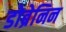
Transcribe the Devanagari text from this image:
डोब्रेनिन